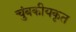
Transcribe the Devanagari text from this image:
चुंबकीयकृत